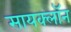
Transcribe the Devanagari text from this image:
सायक्लॉन